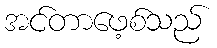
အင်တာဖေ့စ်သည်